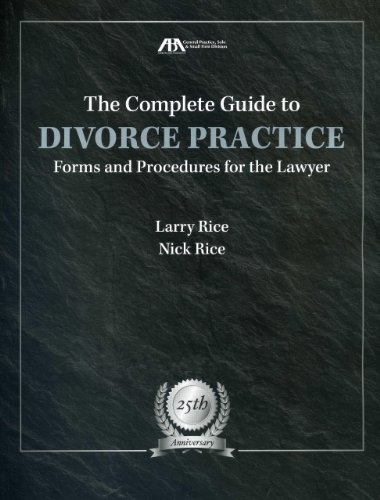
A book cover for The Complete Guide to Divorce Practice; Larry Rice; Law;